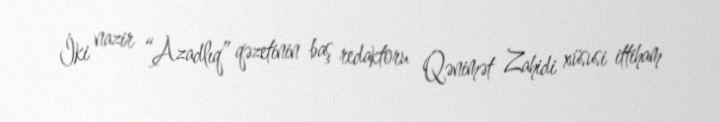
İki nazir “Azadlıq” qəzetinin baş redaktoru Qənimət Zahidi xüsusi ittiham